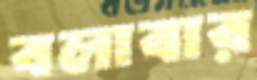
বলাবার